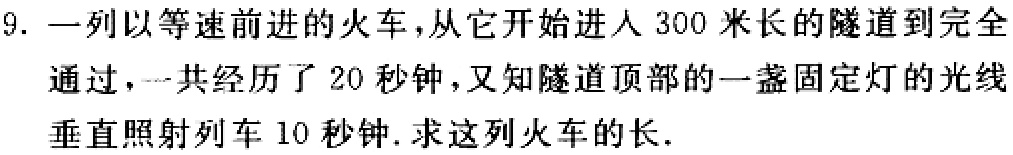
9. 一列以等速前进的火车，从它开始进人300米长的隧道到完全通过，一共经历了20秒钟，又知隧道顶部的一盏固定灯的光线垂直照射列车10秒钟. 求这列火车的长.